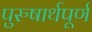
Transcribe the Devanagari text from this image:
पुरुषार्थपूर्ण